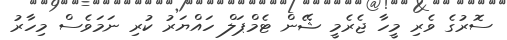
ސޮރުގެ ވެރި މީހާ ޖެރެމީ ޝޭން ޓެމްޕަލް ހައްޔަރު ކުރި ނަމަވެސް މިހާރު